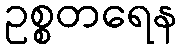
ဥစ္စတရေန